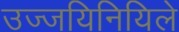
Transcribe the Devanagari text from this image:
उज्जयिनियिले